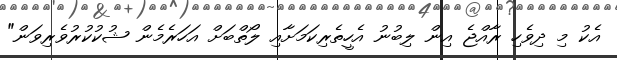
އެކު މި ދިވެހި ރާއްޖެ އިން ލިބުނު އެހީތެރިކަމަށާއި ލޯތްބަށް އަހަރެމެން ޝުކުކުރުވެރިވަން"